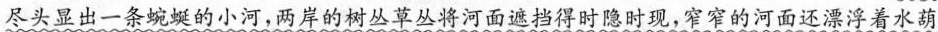
尽头显出一条蜿蜒的小河，两岸的树丛草丛将河面遮挡得时隐时现，窄窄的河面还漂浮着水葫